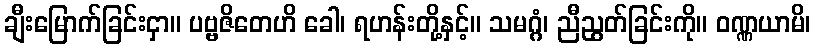
ချီးမြောက်ခြင်းငှာ။ ပဗ္ဗဇိတေဟိ ခေါ၊ ရဟန်းတို့နှင့်။ သမဂ္ဂံ၊ ညီညွတ်ခြင်းကို။ ဝဏ္ဏယာမိ၊